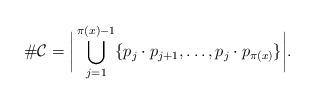
LaTeX: \begin{align*}\# \mathcal{C} =\bigg|\bigcup \limits_{j=1}^{\pi(x)-1}\{p_j\cdot p_{j+1},\ldots, p_{j}\cdot p_{\pi(x)}\}\bigg|.\end{align*}